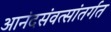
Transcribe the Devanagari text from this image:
आनंदसंवत्सांतर्गत